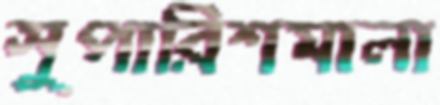
সুপারিশমালা